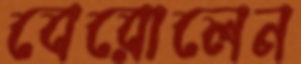
বেরোলেন